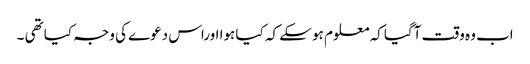
اب وہ وقت آگیا کہ معلوم ہو سکے کہ کیا ہوا اوراس دعوے کی وجہ کیا تھی ۔